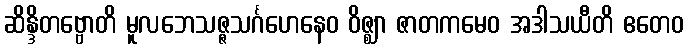
ဆိန္ဒိတဗ္ဗောတိ မူလဘေသဇ္ဇသင်္ဂဟေနေဝ ဝိဇ္ဈာ ဇာတကမေဝ အဒါသယီတိ ဧတေဝ